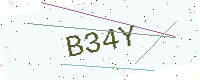
Text: B34Y